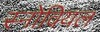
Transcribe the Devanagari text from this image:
स्नोवियल